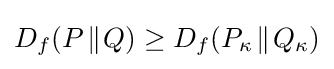
D_{f}(P\!\parallel \!Q)\geq D_{f}(P_{\kappa }\!\parallel \!Q_{\kappa })